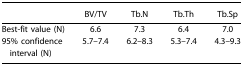
|  | BV/TV | Tb.N | Tb.Th | Tb.Sp |
 | --- | --- | --- | --- | --- |
 | Best-fit value (N) | 6.6 | 7.3 | 6.4 | 7.0 |
 | 95% confidence interval (N) | 5.7–7.4 | 6.2–8.3 | 5.3–7.4 | 4.3–9.3 |